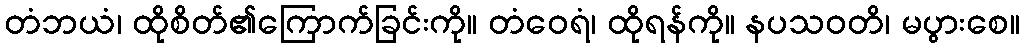
တံဘယံ၊ ထိုစိတ်၏ကြောက်ခြင်းကို။ တံဝေရံ၊ ထိုရန်ကို။ နပသဝတိ၊ မပွားစေ။